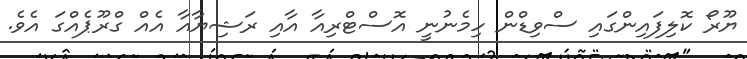
ޔޫރޯ ކޮލިފައިންގައި ސްވިޑްން ހިމެނުނީ އޮސްޓްރިއާ އާއި ރަޝިޔާއާ އެއް ގްރޫޕެއްގަ އެވެ.